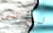
لنأتي